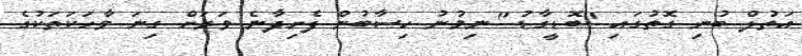
އަތުލް ބުނި ގޮތުގައި "ބޮޑީގާޑު" ނިމުނު ހިސާބުން ފެށިދާނެ ވަރަށް ގިނަ ވާހަކަތަކުގެ